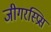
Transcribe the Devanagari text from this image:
जीगरस्प्रिस